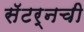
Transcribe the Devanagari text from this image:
सॅटर्नची